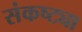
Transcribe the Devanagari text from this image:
संकष्ट्या